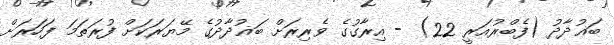
ބަޣުދާދު (ފެބްރުއަރީ 22) - އިރާގުގެ ވެރިރަށް ބަޣުދާދުގެ މޭޔަރަކަށް ފުރަތަމަ ފަހަރަށް